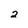
Character: 2